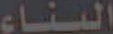
البناء